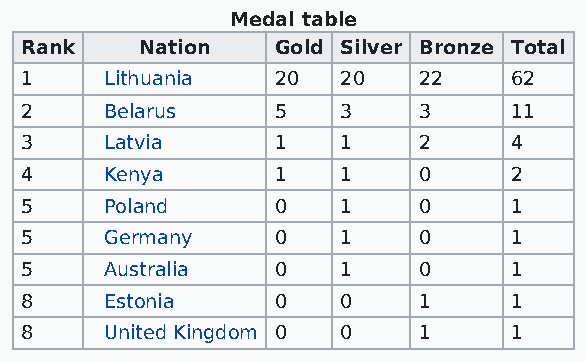
Medal table
 Rank    Nation   Gold Silver Bronze Total
 1     Lithuania  20   20   22    62
 2     Belarus    5    3    3     11
 3     Latvia     1    1    2     4
 4     Kenya      1    1    0     2
 5     Poland     0    1    0     1
 5     Germany    0    1    0     1
 5     Australia  0    1    0     1
 8     Estonia    0    0    1     1
 8     United Kingdom 0 0   1     1